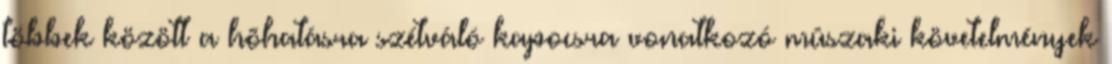
többek között a hõhatásra szétváló kapocsra vonatkozó mûszaki követelmények